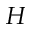
H